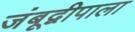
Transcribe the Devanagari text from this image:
जंबूद्वीपाला